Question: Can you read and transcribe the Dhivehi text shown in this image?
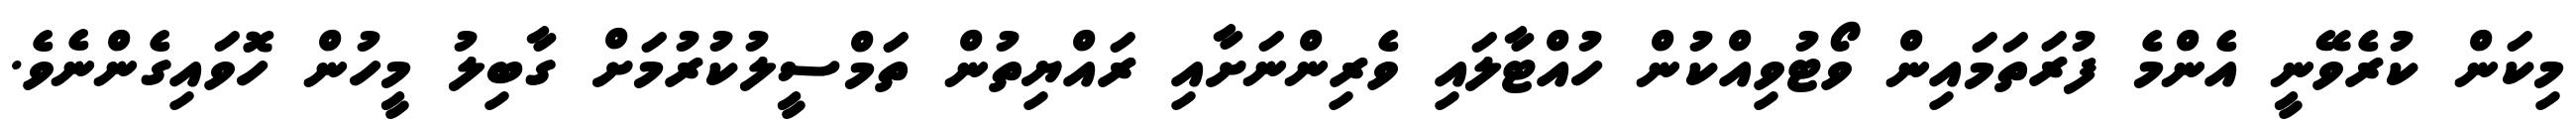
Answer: މިކަން ކުރެވޭނީ އެންމެ ފުރަތަމައިން ވޯޓުވިއްކުން ހުއްޓާލައި ވެރިންނަށާއި ރައްޔިތުން ތަމްސީލުކުރުމަށް ގާބިލު މީހުން ހޮވައިގެންނެވެ.